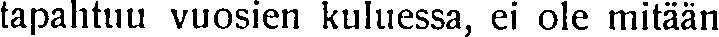
tapahtuu vuosien kuluessa, ei ole mitään